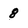
Character: 8